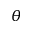
\theta